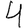
Digit: 4